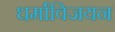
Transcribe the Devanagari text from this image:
धर्माविजयन